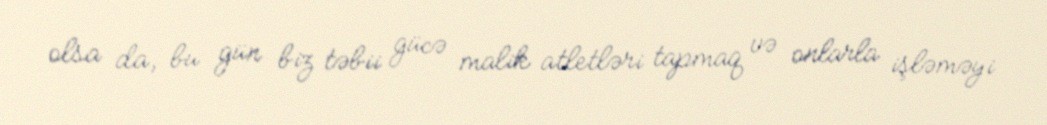
olsa da, bu gün biz təbii gücə malik atletləri tapmaq və onlarla işləməyi